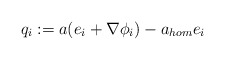
\begin{align*}q_i := a(e_i+\nabla \phi_i)-a_{hom}e_i\end{align*}